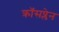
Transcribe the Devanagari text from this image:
क्रॉसप्लेन